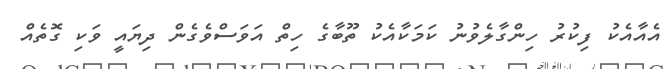
އެއާއެކު ފިކުރު ހިންގާލެވުނު ކަމަކާއެކު ތޫބާގެ ހިތް އަވަސްވެގެން ދިޔައީ ވަކި ގޮތެއް